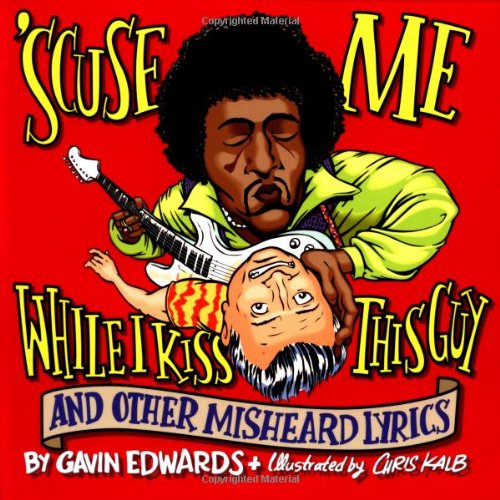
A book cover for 'Scuse Me While I Kiss This Guy: And Other Misheard Lyrics; Gavin Edwards; Humor & Entertainment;